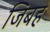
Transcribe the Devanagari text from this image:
जिबह